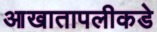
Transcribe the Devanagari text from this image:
आखातापलीकडे